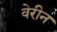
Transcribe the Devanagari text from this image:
वेरीन